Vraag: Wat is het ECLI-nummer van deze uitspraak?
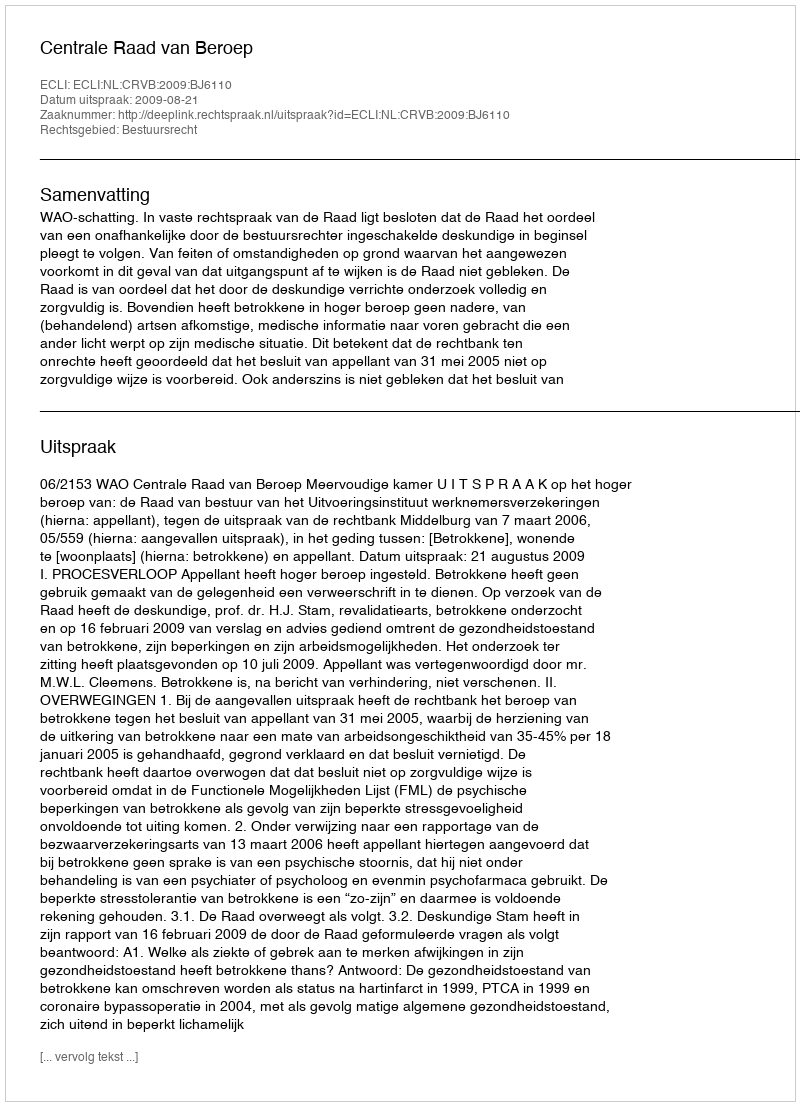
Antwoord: ECLI:NL:CRVB:2009:BJ6110